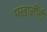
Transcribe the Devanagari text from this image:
पखालींनी